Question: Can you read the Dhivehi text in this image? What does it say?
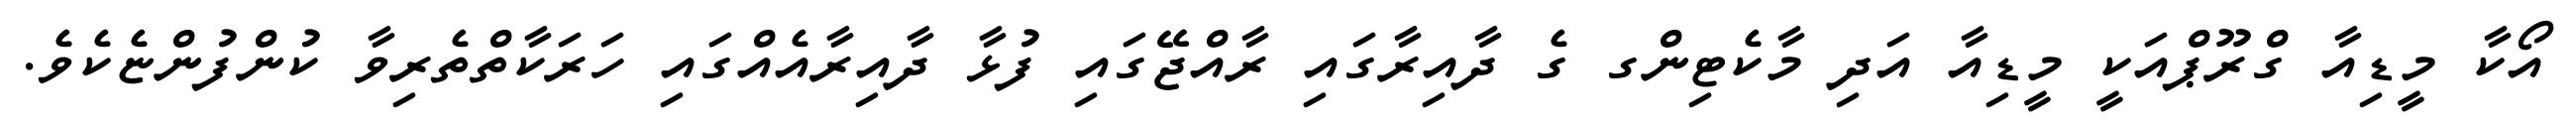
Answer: އޯކާ މީޑިއާ ގްރޫޕްއަކީ މީޑިއާ އަދި މާކެޓިންގ ގެ ދާއިރާގައި ރާއްޖޭގައި ފުޅާ ދާއިރާއެއްގައި ހަރަކާތްތެރިވާ ކުންފުންޏެކެވެ.